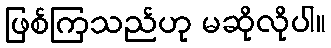
ဖြစ်ကြသည်ဟု မဆိုလိုပါ။